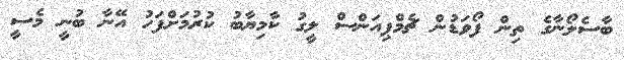
ބާސެލޯނާގެ ތިން ފޯވަޑުން ޗެމްޕިއަންސް ލީގު ކާމިޔާބު ކުރުމަށްފަހު އޭނާ ބުނީ މެސީ